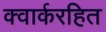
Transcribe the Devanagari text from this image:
क्वार्करहित